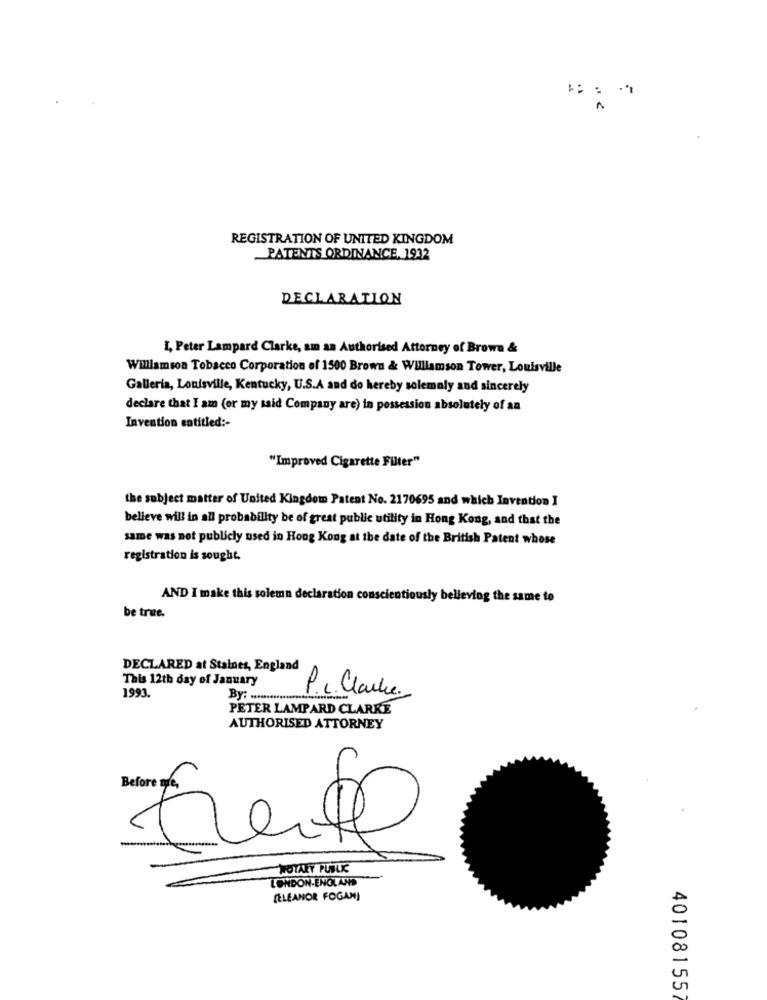
..¿
REGISTRATION OF UNITED KINGDOM
PATENTS ORDINANCE, 1932
DECLARATION
I, Peter Lampard Clarke, am an Authorised Attorney of Brown &
Williamson Tobacco Corporation of 1500 Brown & Williamson Tower, Louisville
Galleria, Louisville, Kentucky, U.S.A and do hereby solemnly and sincerely
declare that I am (or my said Company are) in possession absolutely of an
Invention entitled :-
"Improved Cigarette Filter"
the subject matter of United Kingdom Patent No. 2170695 and which Invention I
believe will in all probability be of great public utility in Hong Kong, and that the
same was not publicly used in Hong Kong at the date of the British Patent whose
registration is sought.
AND I make this solemn declaration conscientiously believing the same to
be true.
DECLARED at Staines, England
This 12th day of January
1993.
By: ...............
P.c. Clarke.
PETER LAMPARD CLARKE
AUTHORISED ATTORNEY
Before me,
WOTAKY PUBLIK
LONDON-ENGLAND
(ELEANOR FOGAN)
40108155